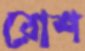
রোশ